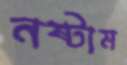
নষ্টাম